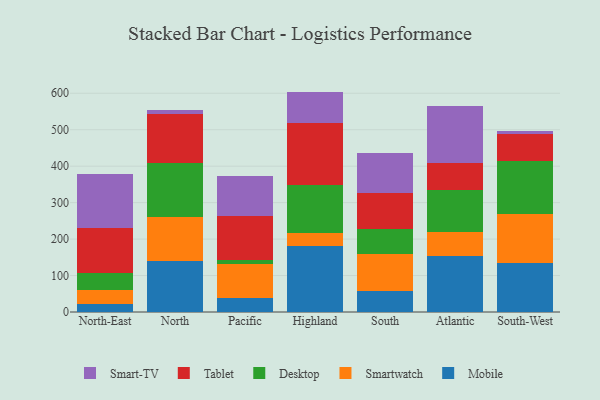
{"axis": {"x": "Region", "y": "Humidity (%)"}, "legend": ["Desktop", "Mobile", "Smart-TV", "Smartwatch", "Tablet"], "data": [{"x": "North-East", "y": 21.7, "type": "Mobile"}, {"x": "North-East", "y": 37.8, "type": "Smartwatch"}, {"x": "North-East", "y": 46.8, "type": "Desktop"}, {"x": "North-East", "y": 123.2, "type": "Tablet"}, {"x": "North-East", "y": 149.7, "type": "Smart-TV"}, {"x": "North", "y": 138.8, "type": "Mobile"}, {"x": "North", "y": 122.6, "type": "Smartwatch"}, {"x": "North", "y": 147.9, "type": "Desktop"}, {"x": "North", "y": 132.6, "type": "Tablet"}, {"x": "North", "y": 11.6, "type": "Smart-TV"}, {"x": "Pacific", "y": 37.5, "type": "Mobile"}, {"x": "Pacific", "y": 95.4, "type": "Smartwatch"}, {"x": "Pacific", "y": 8.6, "type": "Desktop"}, {"x": "Pacific", "y": 123.0, "type": "Tablet"}, {"x": "Pacific", "y": 109.9, "type": "Smart-TV"}, {"x": "Highland", "y": 179.8, "type": "Mobile"}, {"x": "Highland", "y": 37.1, "type": "Smartwatch"}, {"x": "Highland", "y": 131.1, "type": "Desktop"}, {"x": "Highland", "y": 169.6, "type": "Tablet"}, {"x": "Highland", "y": 87.0, "type": "Smart-TV"}, {"x": "South", "y": 56.3, "type": "Mobile"}, {"x": "South", "y": 103.3, "type": "Smartwatch"}, {"x": "South", "y": 68.3, "type": "Desktop"}, {"x": "South", "y": 99.9, "type": "Tablet"}, {"x": "South", "y": 108.1, "type": "Smart-TV"}, {"x": "Atlantic", "y": 154.6, "type": "Mobile"}, {"x": "Atlantic", "y": 64.2, "type": "Smartwatch"}, {"x": "Atlantic", "y": 116.1, "type": "Desktop"}, {"x": "Atlantic", "y": 73.4, "type": "Tablet"}, {"x": "Atlantic", "y": 156.7, "type": "Smart-TV"}, {"x": "South-West", "y": 135.2, "type": "Mobile"}, {"x": "South-West", "y": 132.9, "type": "Smartwatch"}, {"x": "South-West", "y": 147.3, "type": "Desktop"}, {"x": "South-West", "y": 73.0, "type": "Tablet"}, {"x": "South-West", "y": 7.5, "type": "Smart-TV"}]}